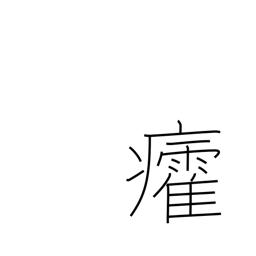
Meaning: sunstroke